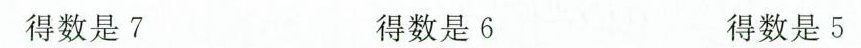
得数是7 得数是6 得数是5